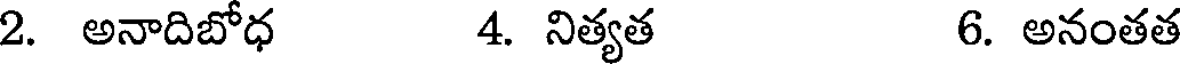
2. అనాదిబోధ 4. నిత్యత 6. అనంతత